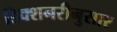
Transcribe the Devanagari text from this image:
डिक्शनरीनुसार